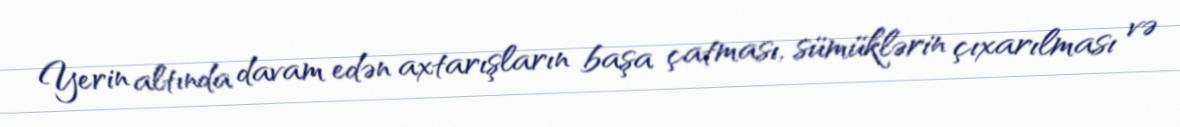
Yerin altında davam edən axtarışların başa çatması, sümüklərin çıxarılması və